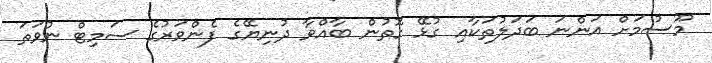
މޫސުމަށް އަންނަ ބަދަލުތަކާއި ގުޅޭ ގޮތުން ބާއްވާ ދުނިޔޭގެ ފެންވަރުގެ ސަމިޓް ނުވަތަ